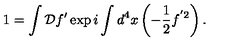
1 = \int { \cal D } f ^ { \prime } \exp i \int d ^ { 4 } x \left( - \frac { 1 } { 2 } f ^ { ' 2 } \right) .